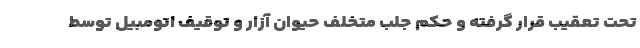
تحت تعقیب قرار گرفته و حکم جلب متخلف حیوان آزار و توقیف اتومبیل توسط